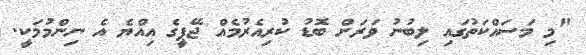
"މި މަސައްކަތުގައި ލިބުނު ވަރަށް ބޮޑު ކުރިއެރުމެއް ޖޭޕީގެ އިއްޔެ އެ ނިންމުމަކީ.